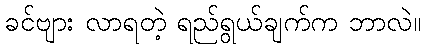
ခင်ဗျား လာရတဲ့ ရည်ရွယ်ချက်က ဘာလဲ။